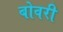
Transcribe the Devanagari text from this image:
बोवरी